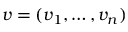
v = ( v _ { 1 } , \dots , v _ { n } )